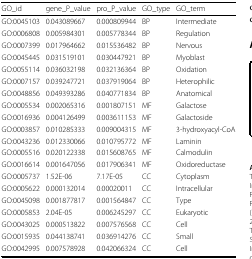
<table><thead><tr><td><b>GO_id</b></td><td><b>gene_P_value</b></td><td><b>pro_P_value</b></td><td><b>GO_type</b></td><td><b>GO_term</b></td></tr></thead><tbody><tr><td>GO:0045103</td><td>0.043089667</td><td>0.000809944</td><td>BP</td><td>Intermediate</td></tr><tr><td>GO:0006808</td><td>0.005984301</td><td>0.005778344</td><td>BP</td><td>Regulation</td></tr><tr><td>GO:0007399</td><td>0.017964662</td><td>0.015536482</td><td>BP</td><td>Nervous</td></tr><tr><td>GO:0045445</td><td>0.031519101</td><td>0.030447921</td><td>BP</td><td>Myoblast</td></tr><tr><td>GO:0055114</td><td>0.036032198</td><td>0.032136364</td><td>BP</td><td>Oxidation</td></tr><tr><td>GO:0007157</td><td>0.039247721</td><td>0.037919064</td><td>BP</td><td>Heterophilic</td></tr><tr><td>GO:0048856</td><td>0.049393286</td><td>0.040771834</td><td>BP</td><td>Anatomical</td></tr><tr><td>GO:0005534</td><td>0.002065316</td><td>0.001807151</td><td>MF</td><td>Galactose</td></tr><tr><td>GO:0016936</td><td>0.004126499</td><td>0.003611153</td><td>MF</td><td>Galactoside</td></tr><tr><td>GO:0003857</td><td>0.010285333</td><td>0.009004315</td><td>MF</td><td>3-hydroxyacyl-CoA</td></tr><tr><td>GO:0043236</td><td>0.012330066</td><td>0.010795772</td><td>MF</td><td>Laminin</td></tr><tr><td>GO:0005516</td><td>0.020122338</td><td>0.015608765</td><td>MF</td><td>Calmodulin</td></tr><tr><td>GO:0016614</td><td>0.001647056</td><td>0.017906341</td><td>MF</td><td>Oxidoreductase</td></tr><tr><td>GO:0005737</td><td>1.52E-06</td><td>7.17E-05</td><td>CC</td><td>Cytoplasm</td></tr><tr><td>GO:0005622</td><td>0.000132014</td><td>0.00020011</td><td>CC</td><td>Intracellular</td></tr><tr><td>GO:0045098</td><td>0.001877817</td><td>0.001564847</td><td>CC</td><td>Type</td></tr><tr><td>GO:0005853</td><td>2.04E-05</td><td>0.006245297</td><td>CC</td><td>Eukaryotic</td></tr><tr><td>GO:0043025</td><td>0.000513822</td><td>0.007576568</td><td>CC</td><td>Cell</td></tr><tr><td>GO:0015935</td><td>0.044138741</td><td>0.036914276</td><td>CC</td><td>Small</td></tr><tr><td>GO:0042995</td><td>0.007578928</td><td>0.042066324</td><td>CC</td><td>Cell</td></tr></tbody></table>